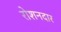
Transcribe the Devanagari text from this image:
रोशनदार